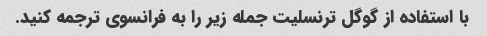
با استفاده از گوگل ترنسلیت جمله زیر را به فرانسوی ترجمه کنید.